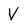
Character: V